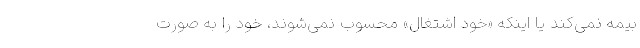
بیمه نمی‌کند یا اینکه «خود اشتغال» محسوب نمی‌شوند، خود را به صورت